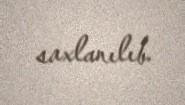
saxlanılıb.